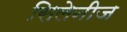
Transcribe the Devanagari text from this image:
सिलेनीज